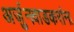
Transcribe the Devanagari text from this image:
अर्जुनवाडकरांना